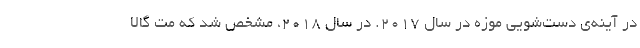
در آینه‌ی دست‌شویی موزه در سال ۲۰۱۷. در سال ۲۰۱۸، مشخص شد که مت گالا